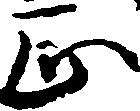
正